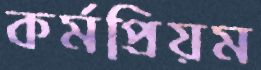
কর্মপ্রিয়ম